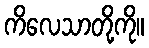
ကိလေသာတို့ကို။